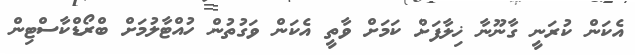
އެކަން ކުރަނީ ގާނޫނާ ޚިލާފަށް ކަމަށް ވާތީ އެކަން ވަގުތުން ހުއްޓާލުމަށް ބްރޯޑްކާސްޓިން